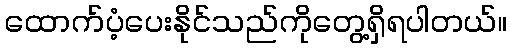
ထောက်ပံ့ပေးနိုင်သည်ကိုတွေ့ရှိရပါတယ်။